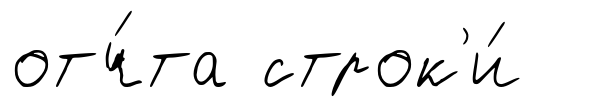
отч́та строк'и́